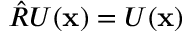
\hat { R } U ( \mathbf { x } ) = U ( \mathbf { x } )